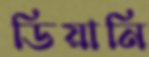
ডিয়ানি